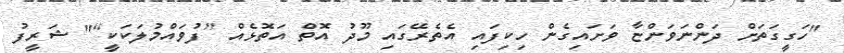
"ހަގީގަތަށް ދަންނަވަންޏާ ވަށައިގެން ހިކިފައި އެތެރޭގައި މޫދު އޮތް އަތޮޅެއް [ފުވައްމުލަކަކީ]" ޝަރީފު